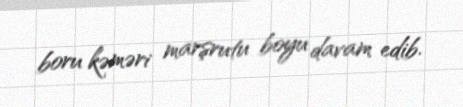
boru kəməri marşrutu boyu davam edib.